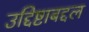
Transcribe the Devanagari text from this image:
उद्दिष्टाबद्दल